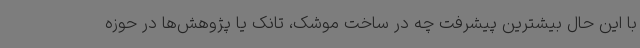
با این حال بیشترین پیشرفت چه در ساخت موشک، تانک یا پژوهش‌ها در حوزه